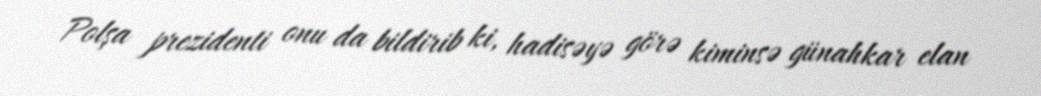
Polşa prezidenti onu da bildirib ki, hadisəyə görə kiminsə günahkar elan